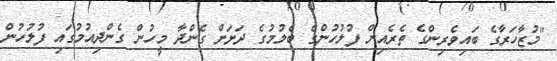
"މުޒާހަރާގެ ބައިވެރިންގެ ތެރެއިން ފުލުހުންގެ ބެލުމުގެ ދަށަށް ގެންދާ މީހުން ގެންދިއުމުގައި ފުލުހުން